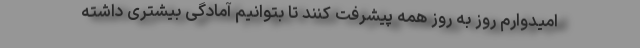
امیدوارم روز به روز همه پیشرفت کنند تا بتوانیم آمادگی بیشتری داشته